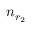
n _ { r _ { 2 } }